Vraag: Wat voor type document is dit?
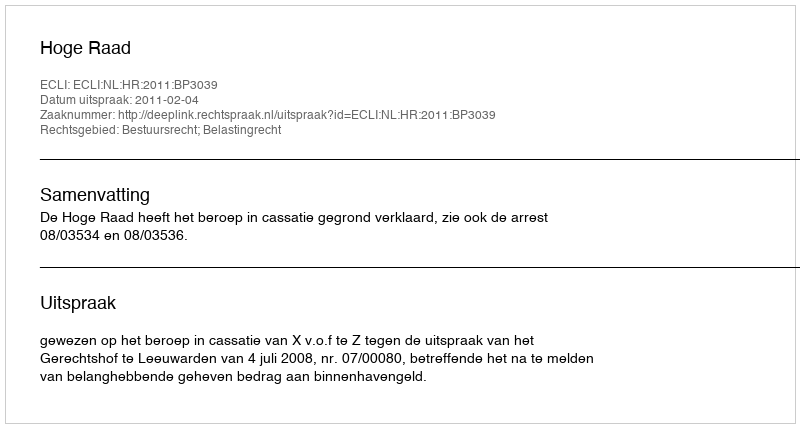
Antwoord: Uitspraak